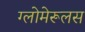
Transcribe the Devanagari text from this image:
ग्लोमेरूलस